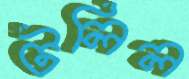
টলিল